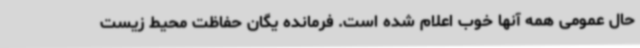
حال عمومی همه آنها خوب اعلام شده است. فرمانده یگان حفاظت محیط زیست